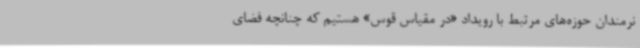
نرمندان حوزه‌های مرتبط با رویداد «در مقیاس قوس» هستیم که چنانچه فضای